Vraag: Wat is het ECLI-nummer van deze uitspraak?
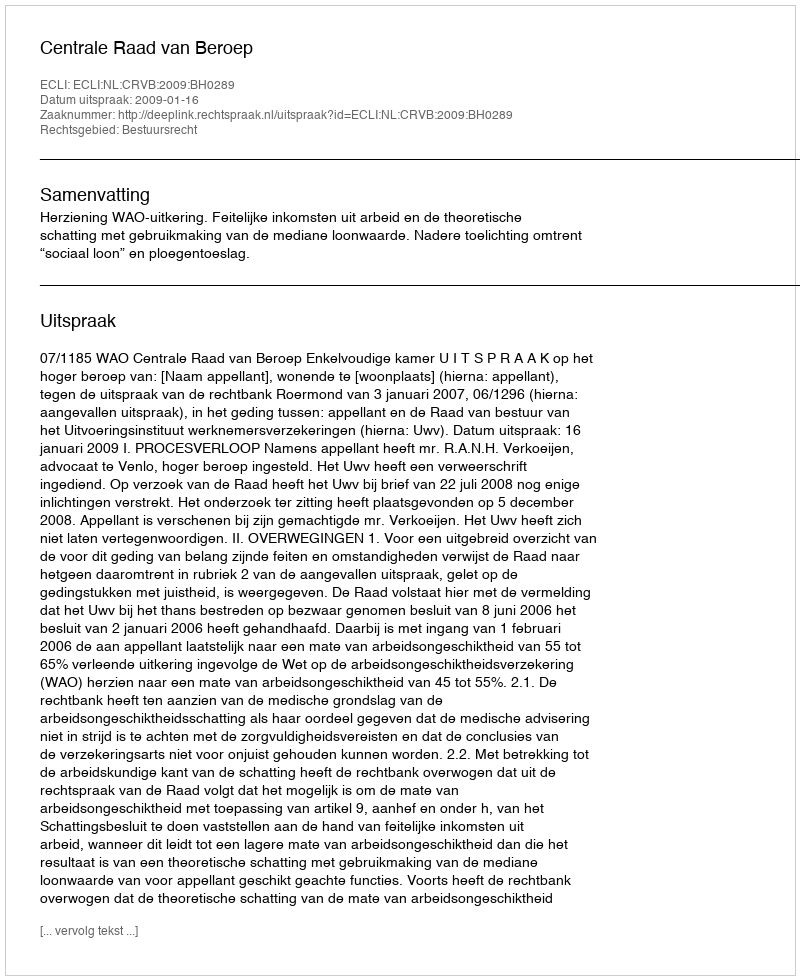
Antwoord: ECLI:NL:CRVB:2009:BH0289